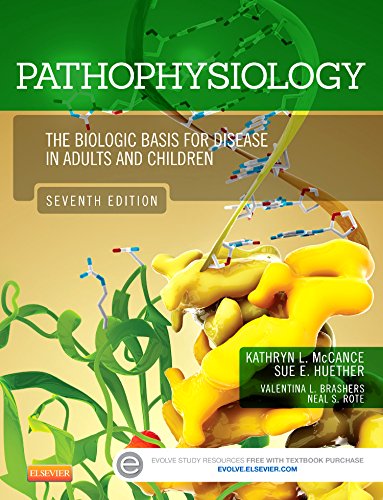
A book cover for Pathophysiology: The Biologic Basis for Disease in Adults and Children, 7e; Medical Books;